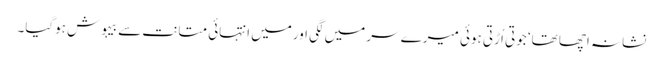
نشانہ اچھا تھا‘ جوتی اُڑتی ہوئی میرے سر میں لگی اورمیں انتہائی متانت سے بیہوش ہوگیا۔